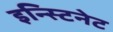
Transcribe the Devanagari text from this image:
इन्स्टिनेट